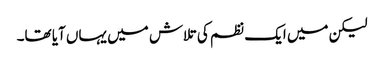
لیکن میں ایک نظم کی تلاش میں یہاں آیا تھا۔